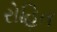
રોહિત